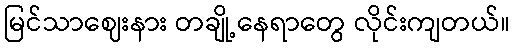
မြင်သာဈေးနား တချို့နေရာတွေ လိုင်းကျတယ်။